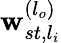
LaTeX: \mathbf{w}_{st,l_{i}}^{(l_{o})}